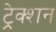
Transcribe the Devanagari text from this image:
ट्रेक्शन